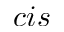
c i s